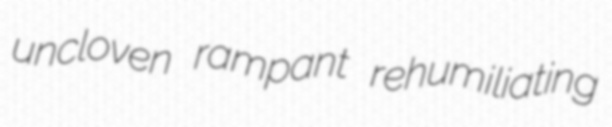
uncloven rampant rehumiliating